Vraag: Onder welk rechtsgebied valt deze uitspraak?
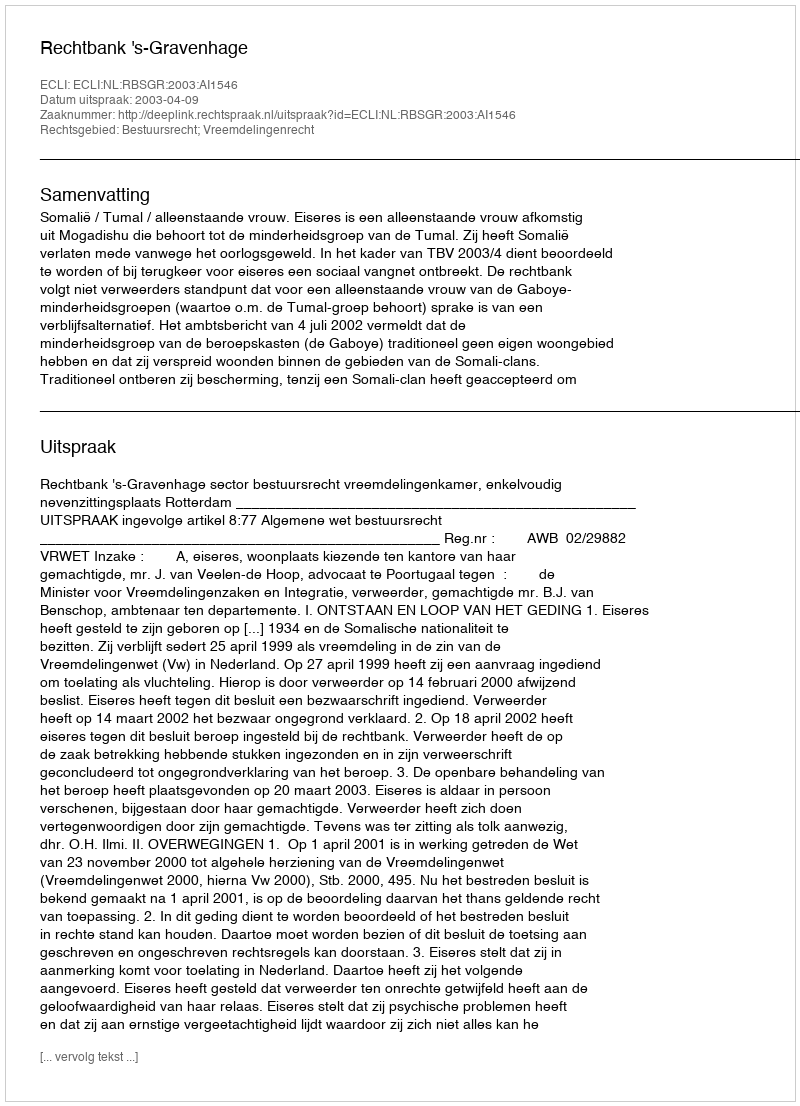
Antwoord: Bestuursrecht; Vreemdelingenrecht